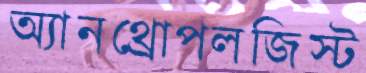
অ্যানথ্রোপলজিস্ট